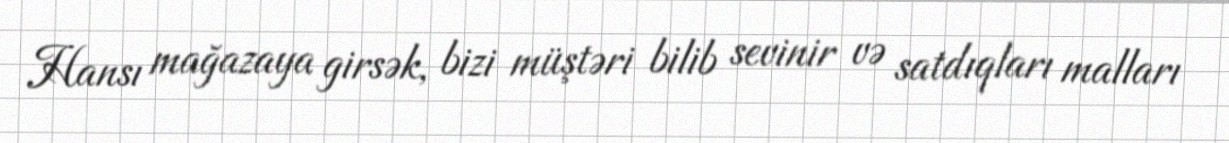
Hansı mağazaya girsək, bizi müştəri bilib sevinir və satdıqları malları